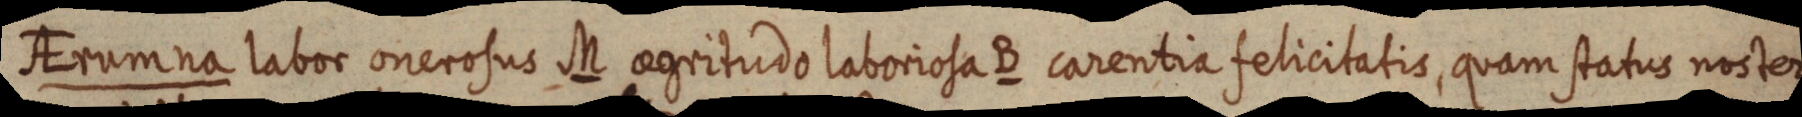
AErumna labos onerosus M aegritudo laboriosa B carentia felicitatis, quam status noster